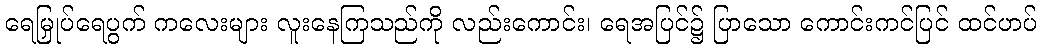
ရေမြှုပ်ရေပွက် ကလေးများ လူးနေကြသည်ကို လည်းကောင်း၊ ရေအပြင်၌ ပြာသော ကောင်းကင်ပြင် ထင်ဟပ်